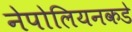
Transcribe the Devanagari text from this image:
नेपोलियनकडे